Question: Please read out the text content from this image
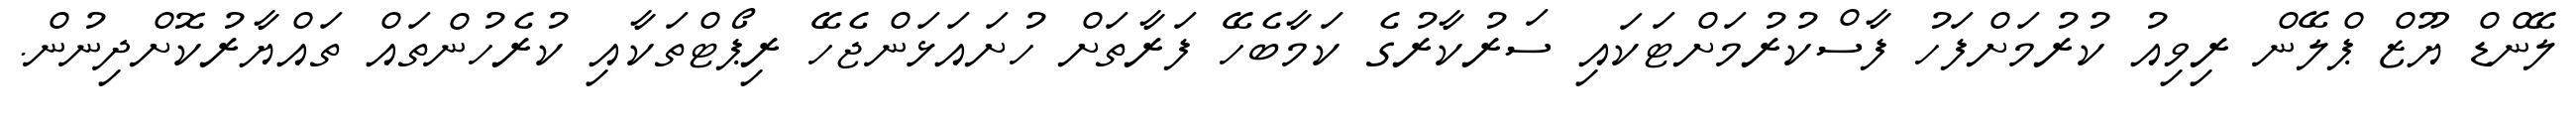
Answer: ލޭންޑް ޔޫޒް ޕްލޭން ރިވިއު ކުރުމަށްފަހު ފާސްކުރުމަށްޓަކައި ސަރުކާރުގެ ކަމާބެހޭ ފަރާތަށް ހުށައަޅަންޖެހޭ ރިޕޯޓްތަކާއި ކުރެހުންތައް ތައްޔާރުކޮށްދިނުން.